Insane asylums Bombay 1873-77 - 1873-1877
Year: 1873
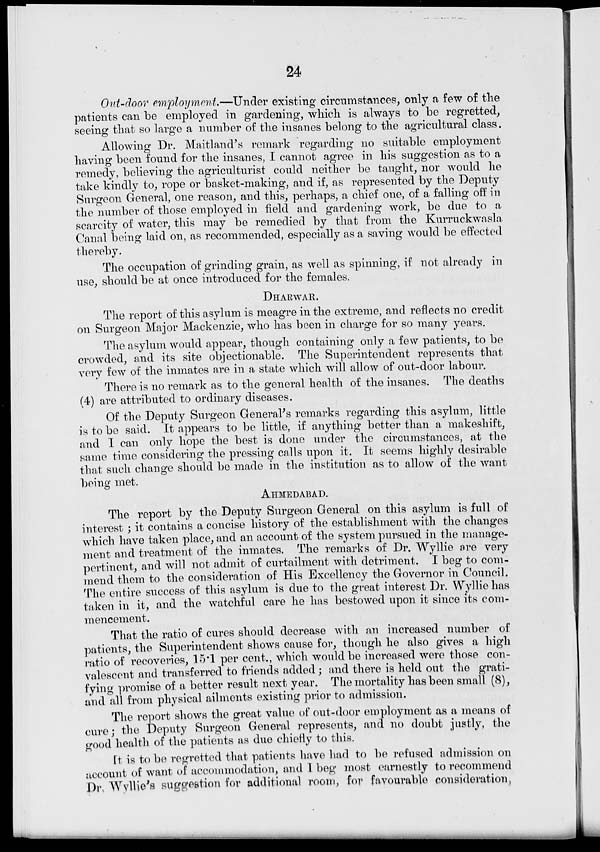
24
Out-door employment.—Under existing circumstances, only a few of the
patients can be employed in gardening, which is always to be regretted,
seeing that so large a number of the insanes belong to the agricultural class.
Allowing Dr. Maitland's remark regarding no suitable employment
having been found for the insanes, I cannot agree in his suggestion as to a
remedy, believing the agriculturist could neither be taught, nor would he
take kindly to, rope or basket-making, and if, as represented by the Deputy
Surgeon General, one reason, and this, perhaps, a chief one, of a falling off in
the number of those employed in field and gardening work, be due to a
scarcity of water, this may be remedied by that from the Kurruckwasla
Canal being laid on, as recommended, especially as a saving would be effected
thereby.
The occupation of grinding grain, as well as spinning, if not already in
use, should be at once introduced for the females.
DHARWAR.
The report of this asylum is meagre in the extreme, and reflects no credit
on Surgeon Major Mackenzie, who has been in charge for so many years.
The asylum would appear, though containing only a few patients, to be
crowded, and its site objectionable. The Superintendent represents that
very few of the inmates are in a state which will allow of out-door labour.
There is no remark as to the general health of the insanes. The deaths
(4) are attributed to ordinary diseases.
Of the Deputy Surgeon General's remarks regarding this asylum, little
is to be said. It appears to be little, if anything better than a makeshift,
and I can only hope the best is done under the circumstances, at the
same time considering the pressing calls upon it. It seems highly desirable
that such change should be made in the institution as to allow of the want
being met.
AHMEDABAD.
The report by the Deputy Surgeon General on this asylum is full of
interest ; it contains a concise history of the establishment with the changes
which have taken place, and an account of the system pursued in the manage-
ment and treatment of the inmates. The remarks of Dr. Wyllie are very
pertinent, and will not admit of curtailment with detriment. I beg to com-
mend them to the consideration of His Excellency the Governor in Council.
The entire success of this asylum is due to the great interest Dr. Wyllie has
taken in it, and the watchful care he has bestowed upon it since its com-
mencement.
That the ratio of cures should decrease with an increased number of
patients, the Superintendent shows cause for, though he also gives a high
ratio of recoveries, 15.1 per cent., which would be increased were those con-
valescent and transferred to friends added ; and there is held out the grati-
fying promise of a better result next year. The mortality has been small (8),
and all from physical ailments existing prior to admission.
The report shows the great value of out-door employment as a means of
cure; the Deputy Surgeon General represents, and no doubt justly, the
good health of the patients as due chiefly to this.
It is to be regretted that patients have had to be refused admission on
account of want of accommodation, and I beg most earnestly to recommend
Dr. Wyllie's suggestion for additional room, for favourable consideration,